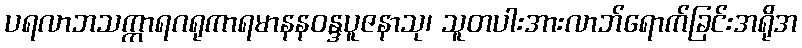
ပရလာဘသက္ကာရဂရုကာရမာနနဝန္ဒပူဇနာသု၊ သူတပါးအားလာဘ်ရောက်ခြင်းအရိုအ